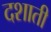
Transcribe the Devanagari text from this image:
दशाती